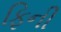
ફિની